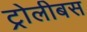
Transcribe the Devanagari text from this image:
ट्रोलीबस